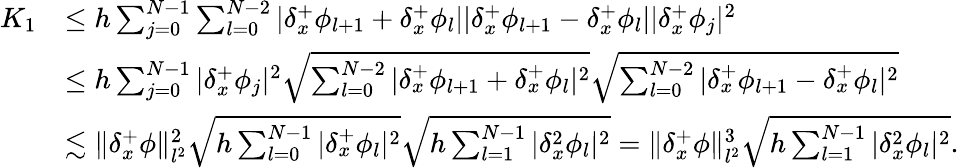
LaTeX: \begin{array}{rl}{K_{1}}&{\leq h\sum_{j=0}^{N-1}\sum_{l=0}^{N-2}|{\delta_{x}^{+}}\phi_{l+1}+{\delta_{x}^{+}}\phi_{l}||{\delta_{x}^{+}}\phi_{l+1}-{\delta_{x}^{+}}\phi_{l}||{\delta_{x}^{+}}\phi_{j}|^{2}}\\ &{\leq h\sum_{j=0}^{N-1}|{\delta_{x}^{+}}\phi_{j}|^{2}\sqrt{\sum_{l=0}^{N-2}|{\delta_{x}^{+}}\phi_{l+1}+{\delta_{x}^{+}}\phi_{l}|^{2}}\sqrt{\sum_{l=0}^{N-2}|{\delta_{x}^{+}}\phi_{l+1}-{\delta_{x}^{+}}\phi_{l}|^{2}}}\\ &{\lesssim\| {\delta_{x}^{+}}\phi\| _{l^{2}}^{2}\sqrt{h\sum_{l=0}^{N-1}|{\delta_{x}^{+}}\phi_{l}|^{2}}\sqrt{h\sum_{l=1}^{N-1}|{\delta_{x}^{2}}\phi_{l}|^{2}}=\| {\delta_{x}^{+}}\phi\| _{l^{2}}^{3}\sqrt{h\sum_{l=1}^{N-1}|{\delta_{x}^{2}}\phi_{l}|^{2}}.}\end{array}